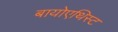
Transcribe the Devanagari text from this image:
बायोएथिस्ट